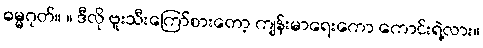
ဓမ္မဂုတ်။ ။ ဒီလို ဗူးသီးကြော်စားတော့ ကျန်းမာရေးကော ကောင်းရဲ့လား။